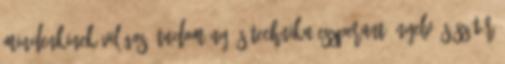
Mindenkinek Világos? Tudomány és technika Eszperantó nyelv és szótár